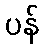
ပန်